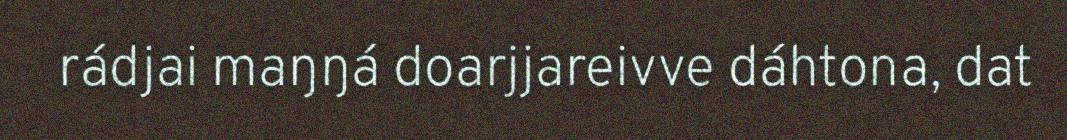
rádjai maŋŋá doarjjareivve dáhtona, dat